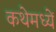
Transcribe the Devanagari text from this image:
कथेमध्यें